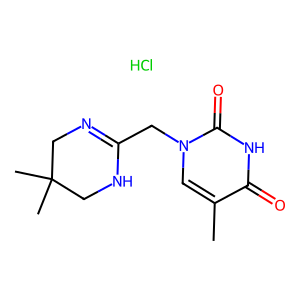
SMILES: Cc1cn(CC2=NCC(C)(C)CN2)c(=O)[nH]c1=O.Cl
Inhibits HIV replication: No